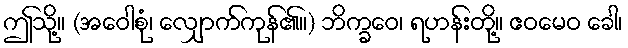
ဤသို့။ (အဝေါစုံ၊ လျှောက်ကုန်၏။) ဘိက္ခဝေ၊ ရဟန်းတို့။ ဧဝမေဝ ခေါ၊